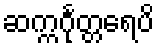
ဆက္ကင်္ဂုတ္တရေပိ